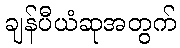
ချန်ပီယံဆုအတွက်